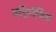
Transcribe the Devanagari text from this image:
बहिर्गमित